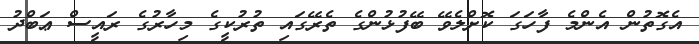
އެގޮތުން އެންމެ ފާހަގަ ކޮށްލެވޭ ބޭފުޅުންގެ ތެރޭގައި ތުރުކީގެ މިހާރުގެ ރައީސް ޢަބްދު